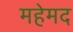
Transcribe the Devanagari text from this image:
महेमद